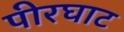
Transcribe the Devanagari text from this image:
पीरघाट